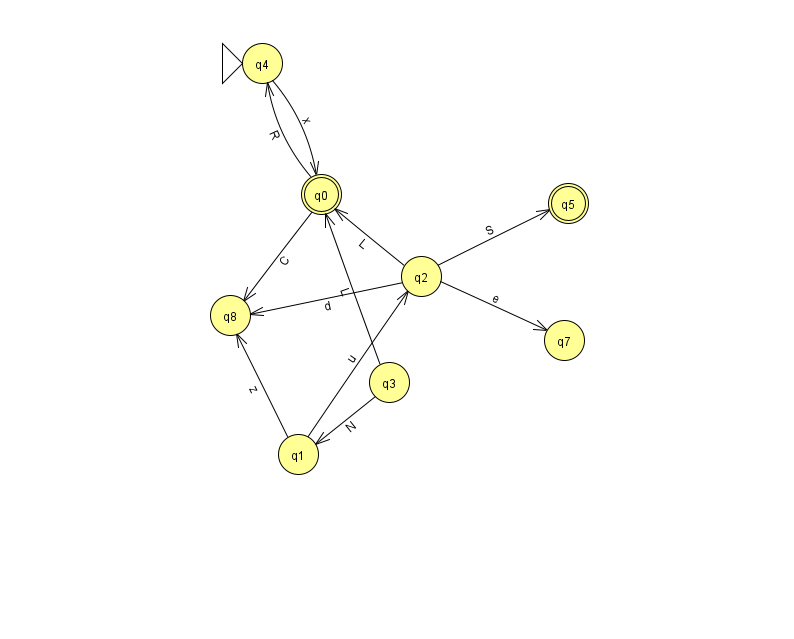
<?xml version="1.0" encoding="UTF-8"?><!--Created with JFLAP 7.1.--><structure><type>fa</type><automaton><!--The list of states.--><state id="0" name="q0"><x>321.0</x><y>181.0</y><final/></state><state id="1" name="q1"><x>298.0</x><y>441.0</y></state><state id="2" name="q2"><x>421.0</x><y>263.0</y></state><state id="3" name="q3"><x>389.0</x><y>369.0</y></state><state id="4" name="q4"><x>262.0</x><y>50.0</y><initial/></state><state id="5" name="q5"><x>568.0</x><y>190.0</y><final/></state><state id="7" name="q7"><x>564.0</x><y>327.0</y></state><state id="8" name="q8"><x>230.0</x><y>302.0</y></state><!--The list of transitions.--><transition><from>0</from><to>4</to><read>R</read></transition><transition><from>1</from><to>8</to><read>z</read></transition><transition><from>2</from><to>7</to><read>e</read></transition><transition><from>0</from><to>8</to><read>C</read></transition><transition><from>2</from><to>8</to><read>d</read></transition><transition><from>3</from><to>0</to><read>L</read></transition><transition><from>2</from><to>5</to><read>S</read></transition><transition><from>4</from><to>0</to><read>x</read></transition><transition><from>1</from><to>2</to><read>u</read></transition><transition><from>3</from><to>1</to><read>N</read></transition><transition><from>2</from><to>0</to><read>L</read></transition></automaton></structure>